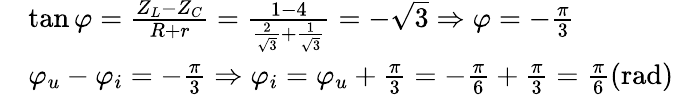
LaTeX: \begin{array}{rl}&{\tan\varphi=\frac{Z_{L}-Z_{C}}{R+r}=\frac{1-4}{\frac{2}{\sqrt{3}}+\frac{1}{\sqrt{3}}}=-\sqrt{3}\Rightarrow\varphi=-\frac{\pi}{3}}\\ &{\varphi_{u}-\varphi_{i}=-\frac{\pi}{3}\Rightarrow\varphi_{i}=\varphi_{u}+\frac{\pi}{3}=-\frac{\pi}{6}+\frac{\pi}{3}=\frac{\pi}{6}(\mathrm{rad})}\end{array}